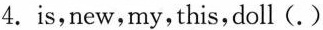
4.is,new,my,this,doll (.)